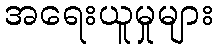
အရေးယူမှုများ